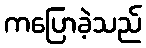
ကပြောခဲ့သည်